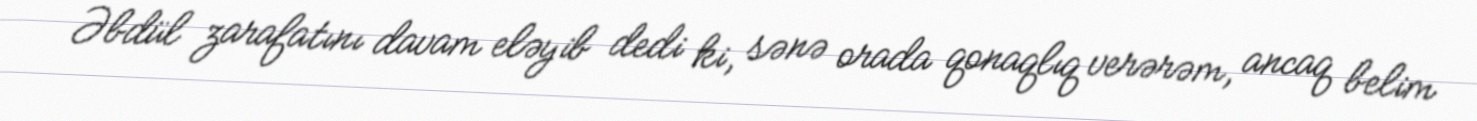
Əbdül zarafatını davam eləyib dedi ki, sənə orada qonaqlıq verərəm, ancaq belim